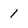
Character: 1